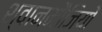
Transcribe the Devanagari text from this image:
श्वानमौजियों